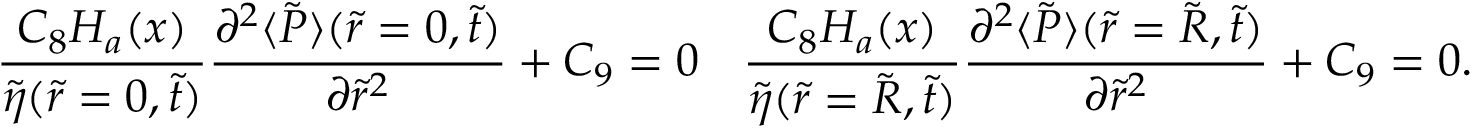
\frac { C _ { 8 } H _ { a } ( x ) } { \tilde { \eta } ( \tilde { r } = 0 , \tilde { t } ) } \frac { \partial ^ { 2 } \langle \tilde { P } \rangle ( \tilde { r } = 0 , \tilde { t } ) } { \partial \tilde { r } ^ { 2 } } + C _ { 9 } = 0 \mathrm { ~ и ~ } \frac { C _ { 8 } H _ { a } ( x ) } { \tilde { \eta } ( \tilde { r } = \tilde { R } , \tilde { t } ) } \frac { \partial ^ { 2 } \langle \tilde { P } \rangle ( \tilde { r } = \tilde { R } , \tilde { t } ) } { \partial \tilde { r } ^ { 2 } } + C _ { 9 } = 0 .